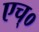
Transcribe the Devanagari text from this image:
एच्‌०